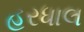
હરધાલ